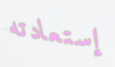
إستعادته